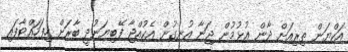
އަކްޔަން ތިރިއަށް ދާން އުޅުމުން ޖަނާ އުނގުން އެކުއްޖާ ފޭބިޔަނުދީ ބާރަށް ހިފަހައްޓާފައި